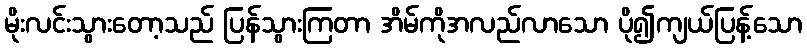
မိုးလင်းသွားတော့သည် ပြန်သွားကြတာ အိမ်ကိုအလည်လာသော ပို၍ကျယ်ပြန့်သော